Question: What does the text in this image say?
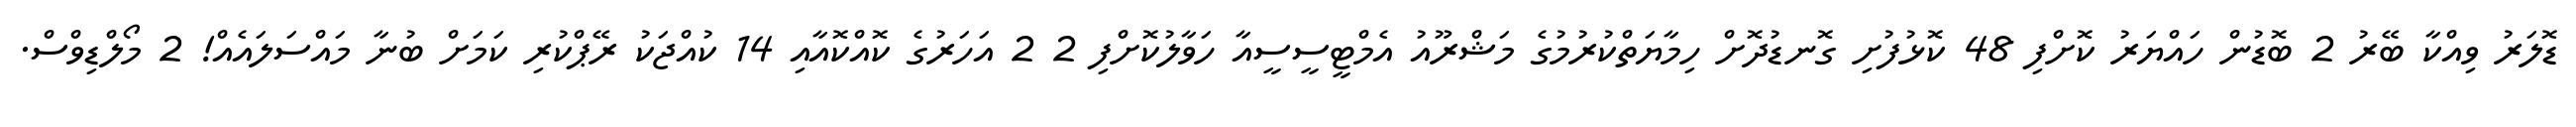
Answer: ޑޮލަރު ވިއްކާ ބޭރު 2 ބޮޑުން ހައްޔަރު ކޮށްފި 48 ކޮޅުފުށި ގޮނޑުދޮށް ހިމާޔަތްކުރުމުގެ މަޝްރޫއު އެމްޓީސީސީއާ ހަވާލުކޮށްފި 2 2 އަހަރުގެ ކޮއްކޮއާއި 14 ކުއްޖަކު ރޭޕްކުރި ކަމަށް ބުނާ މައްސަލައެއް! 2 މޯލްޑިވްސް.